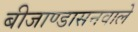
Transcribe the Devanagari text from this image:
बीजाण्डासनवाले